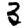
Digit: 3